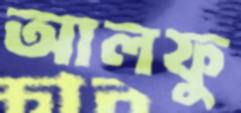
আলফু